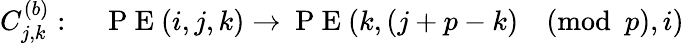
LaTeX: C_{j,k}^{(b)}:\quad\mathrm{~P~E~}(i,j,k)\rightarrow\mathrm{~P~E~}(k,(j+p-k)\pmod p,i)